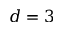
d = 3